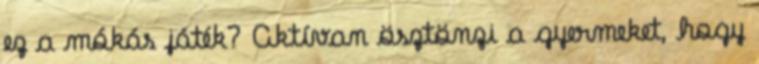
ez a mókás játék? Aktívan ösztönzi a gyermeket, hogy